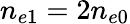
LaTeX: n_{e1}=2n_{e0}